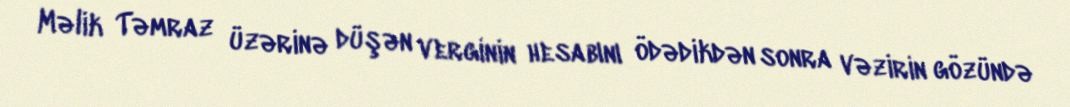
Məlik Təmraz üzərinə düşən verginin hesabını ödədikdən sonra vəzirin gözündə